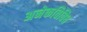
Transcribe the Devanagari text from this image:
अनेकविविध